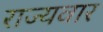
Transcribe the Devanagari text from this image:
राज्‍यवार